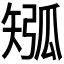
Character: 𥏩